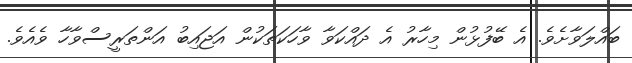
ބައްލަވާށެވެ. އެ ބޭފުޅުން މިހާރު އެ ދައްކަވާ ވާހަކަތަކުން އަޖައިބު އަންތަރީސްވާހާ ވެއެވެ.